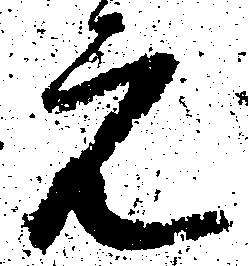
元